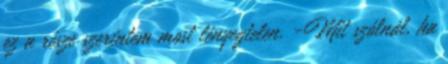
ez a része szerintem most lényegtelen. -Mit szólnál, ha